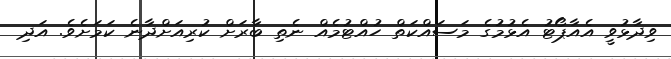
ވިދާޅުވީ އެއާޕޯޓު އެޅުމުގެ މަސައްކަތް ހުއްޓުމެއް ނެތި ބާރަށް ކުރިއަށްދާނެ ކަމަށެވެ. އަދި